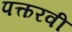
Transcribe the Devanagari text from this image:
पत्करवी